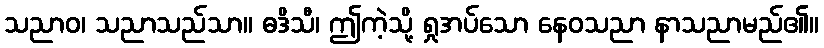
သညာဝ၊ သညာသည်သာ။ ဓဒိသီ၊ ဤကဲ့သို့ ရှုအပ်သော နေဝသညာ နာသညာမည်၏။